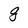
Character: g